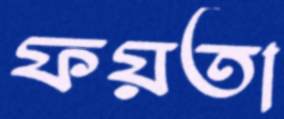
ফয়তা